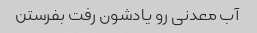
آب معدنی رو یادشون رفت بفرستن